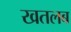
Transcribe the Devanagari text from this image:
खतलब